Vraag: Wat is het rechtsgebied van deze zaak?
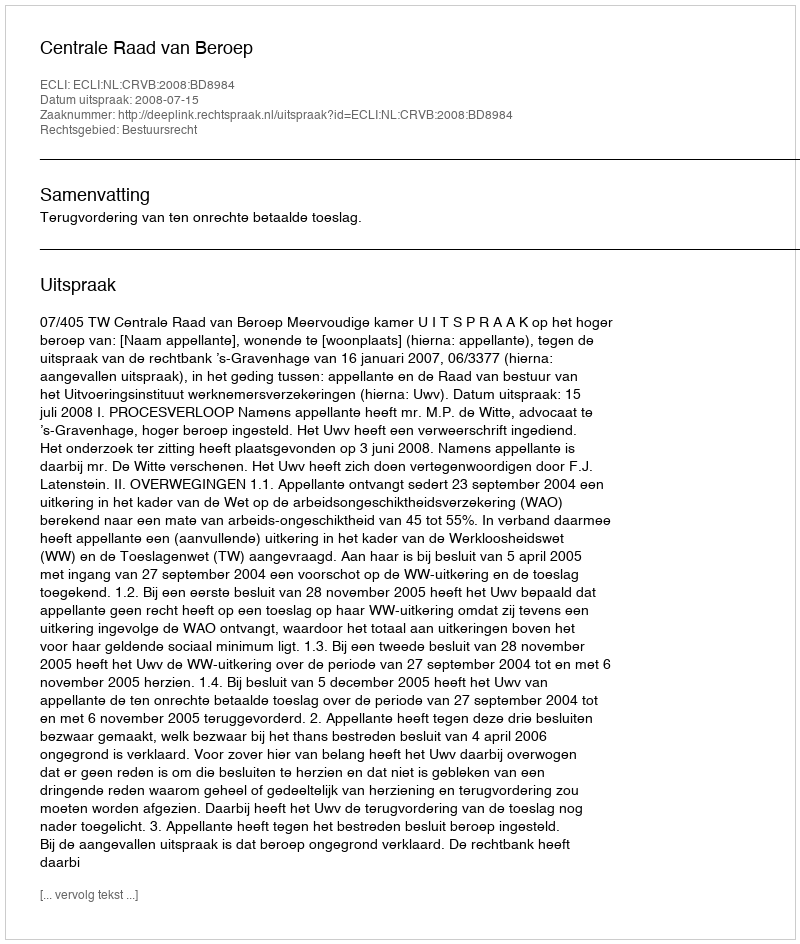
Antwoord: Bestuursrecht